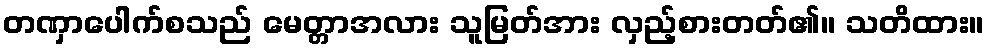
တဏှာပေါက်စသည် မေတ္တာအလား သူမြတ်အား လှည့်စားတတ်၏။ သတိထား။